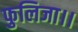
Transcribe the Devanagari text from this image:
फुलिजा।।